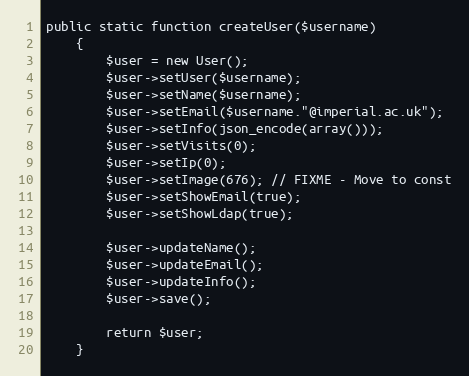
Language: PHP
public static function createUser($username)
    {
        $user = new User();
        $user->setUser($username);
        $user->setName($username);
        $user->setEmail($username."@imperial.ac.uk");
        $user->setInfo(json_encode(array()));
        $user->setVisits(0);
        $user->setIp(0);
        $user->setImage(676); // FIXME - Move to const
        $user->setShowEmail(true);
        $user->setShowLdap(true);

        $user->updateName();
        $user->updateEmail();
        $user->updateInfo();
        $user->save();

        return $user;
    }